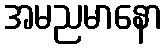
အမညမာနော